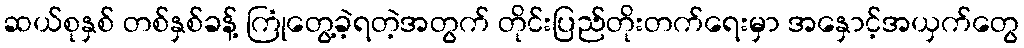
ဆယ်စုနှစ် တစ်နှစ်ခန့် ကြုံတွေ့ခဲ့ရတဲ့အတွက် တိုင်းပြည်တိုးတက်ရေးမှာ အနှောင့်အယှက်တွေ